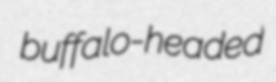
buffalo-headed